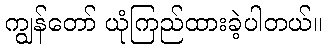
ကျွန်တော် ယုံကြည်ထားခဲ့ပါတယ်။